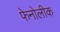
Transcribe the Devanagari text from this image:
फेनोलीक